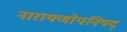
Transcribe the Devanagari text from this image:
नारायणोपनिषद्